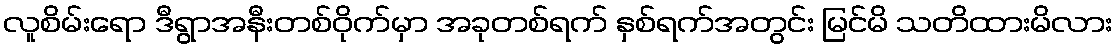
လူစိမ်းရော ဒီရွာအနီးတစ်ဝိုက်မှာ အခုတစ်ရက် နှစ်ရက်အတွင်း မြင်မိ သတိထားမိလား